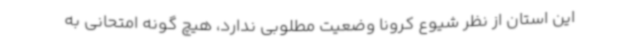
این استان از نظر شیوع کرونا وضعیت مطلوبی ندارد، هیچ گونه امتحانی به